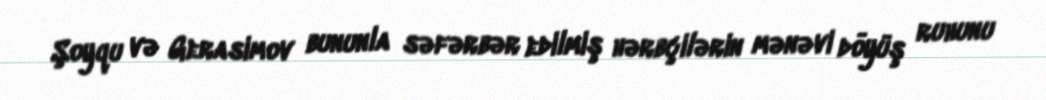
Şoyqu və Gerasimov bununla səfərbər edilmiş hərbçilərin mənəvi döyüş ruhunu